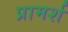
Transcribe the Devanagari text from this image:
प्रामर्श